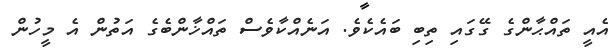
އެއީ ތައްޙާންގެ ގޭގައި ތިބި ބައެކެވެ. އަނެއްކާވެސް ތައްޚާންބެގެ އަތުން އެ މީހުން